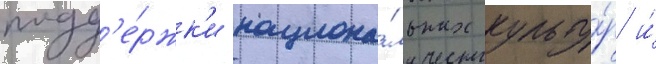
подд'е́ржк'и национа́льных культу́р и́